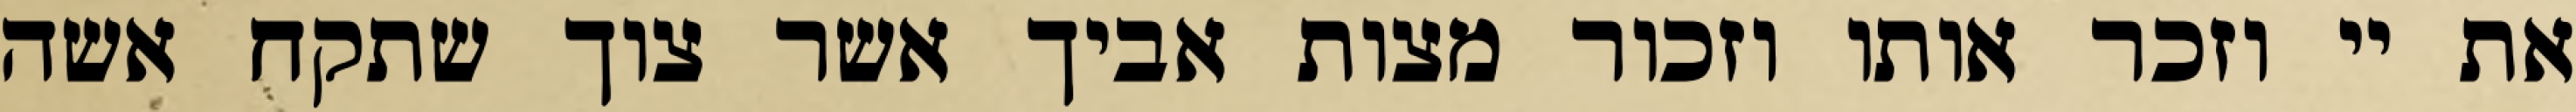
את יי וזכר אותו וזכור מצות אביך אשר צוך שתקח אשה